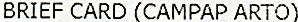
BRIEF CARD (CAMPAP ARTO)